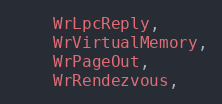
Language: C
	WrLpcReply,
	WrVirtualMemory,
	WrPageOut,
	WrRendezvous,